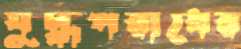
যুদ্ধপরাধের